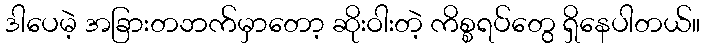
ဒါပေမဲ့ အခြားတဘက်မှာတော့ ဆိုးဝါးတဲ့ ကိစ္စရပ်တွေ ရှိနေပါတယ်။